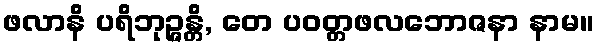
ဖလာနိ ပရိဘုဉ္ဇန္တိ, တေ ပဝတ္တဖလဘောဇနာ နာမ။